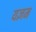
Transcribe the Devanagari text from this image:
यज्ञम